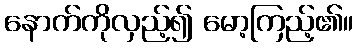
နောက်ကိုလှည့်၍ မော့ကြည့်၏။